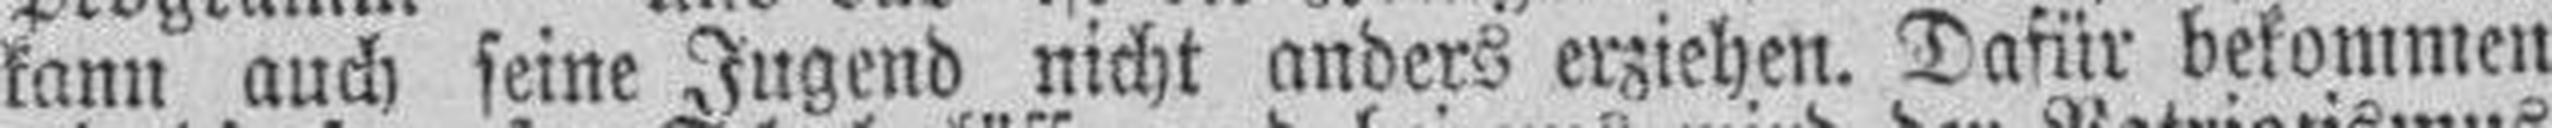
kann auch seine Jugend nicht anders erziehen. Dafür bekommen